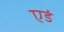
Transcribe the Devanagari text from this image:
एडं